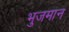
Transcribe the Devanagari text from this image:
भुजमान